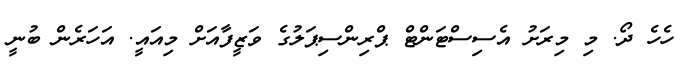
ހެހެ ދޯ. މި މިރަށު އެސިސްޓަންޓް ޕްރިންސިޕަލުގެ ވަޒީފާއަށް މިއައީ. އަހަރެން ބުނީ